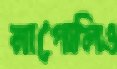
নাপোলিও